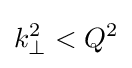
k_{\perp }^{2}<Q^{2}